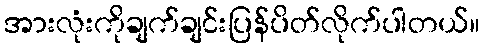
အားလုံးကိုချက်ချင်းပြန်ပိတ်လိုက်ပါတယ်။